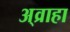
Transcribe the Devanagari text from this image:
अ्व्राहा